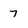
Character: 7